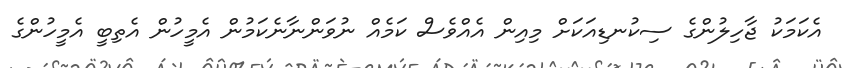
އެކަމަކު ޖާހިލުންގެ ސިކުނޑިއަކަށް މިއިން އެއްވެސް ކަމެއް ނުވަންނާނެކަމުން އެމީހުން އެތިބީ އެމީހުންގެ